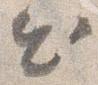
出